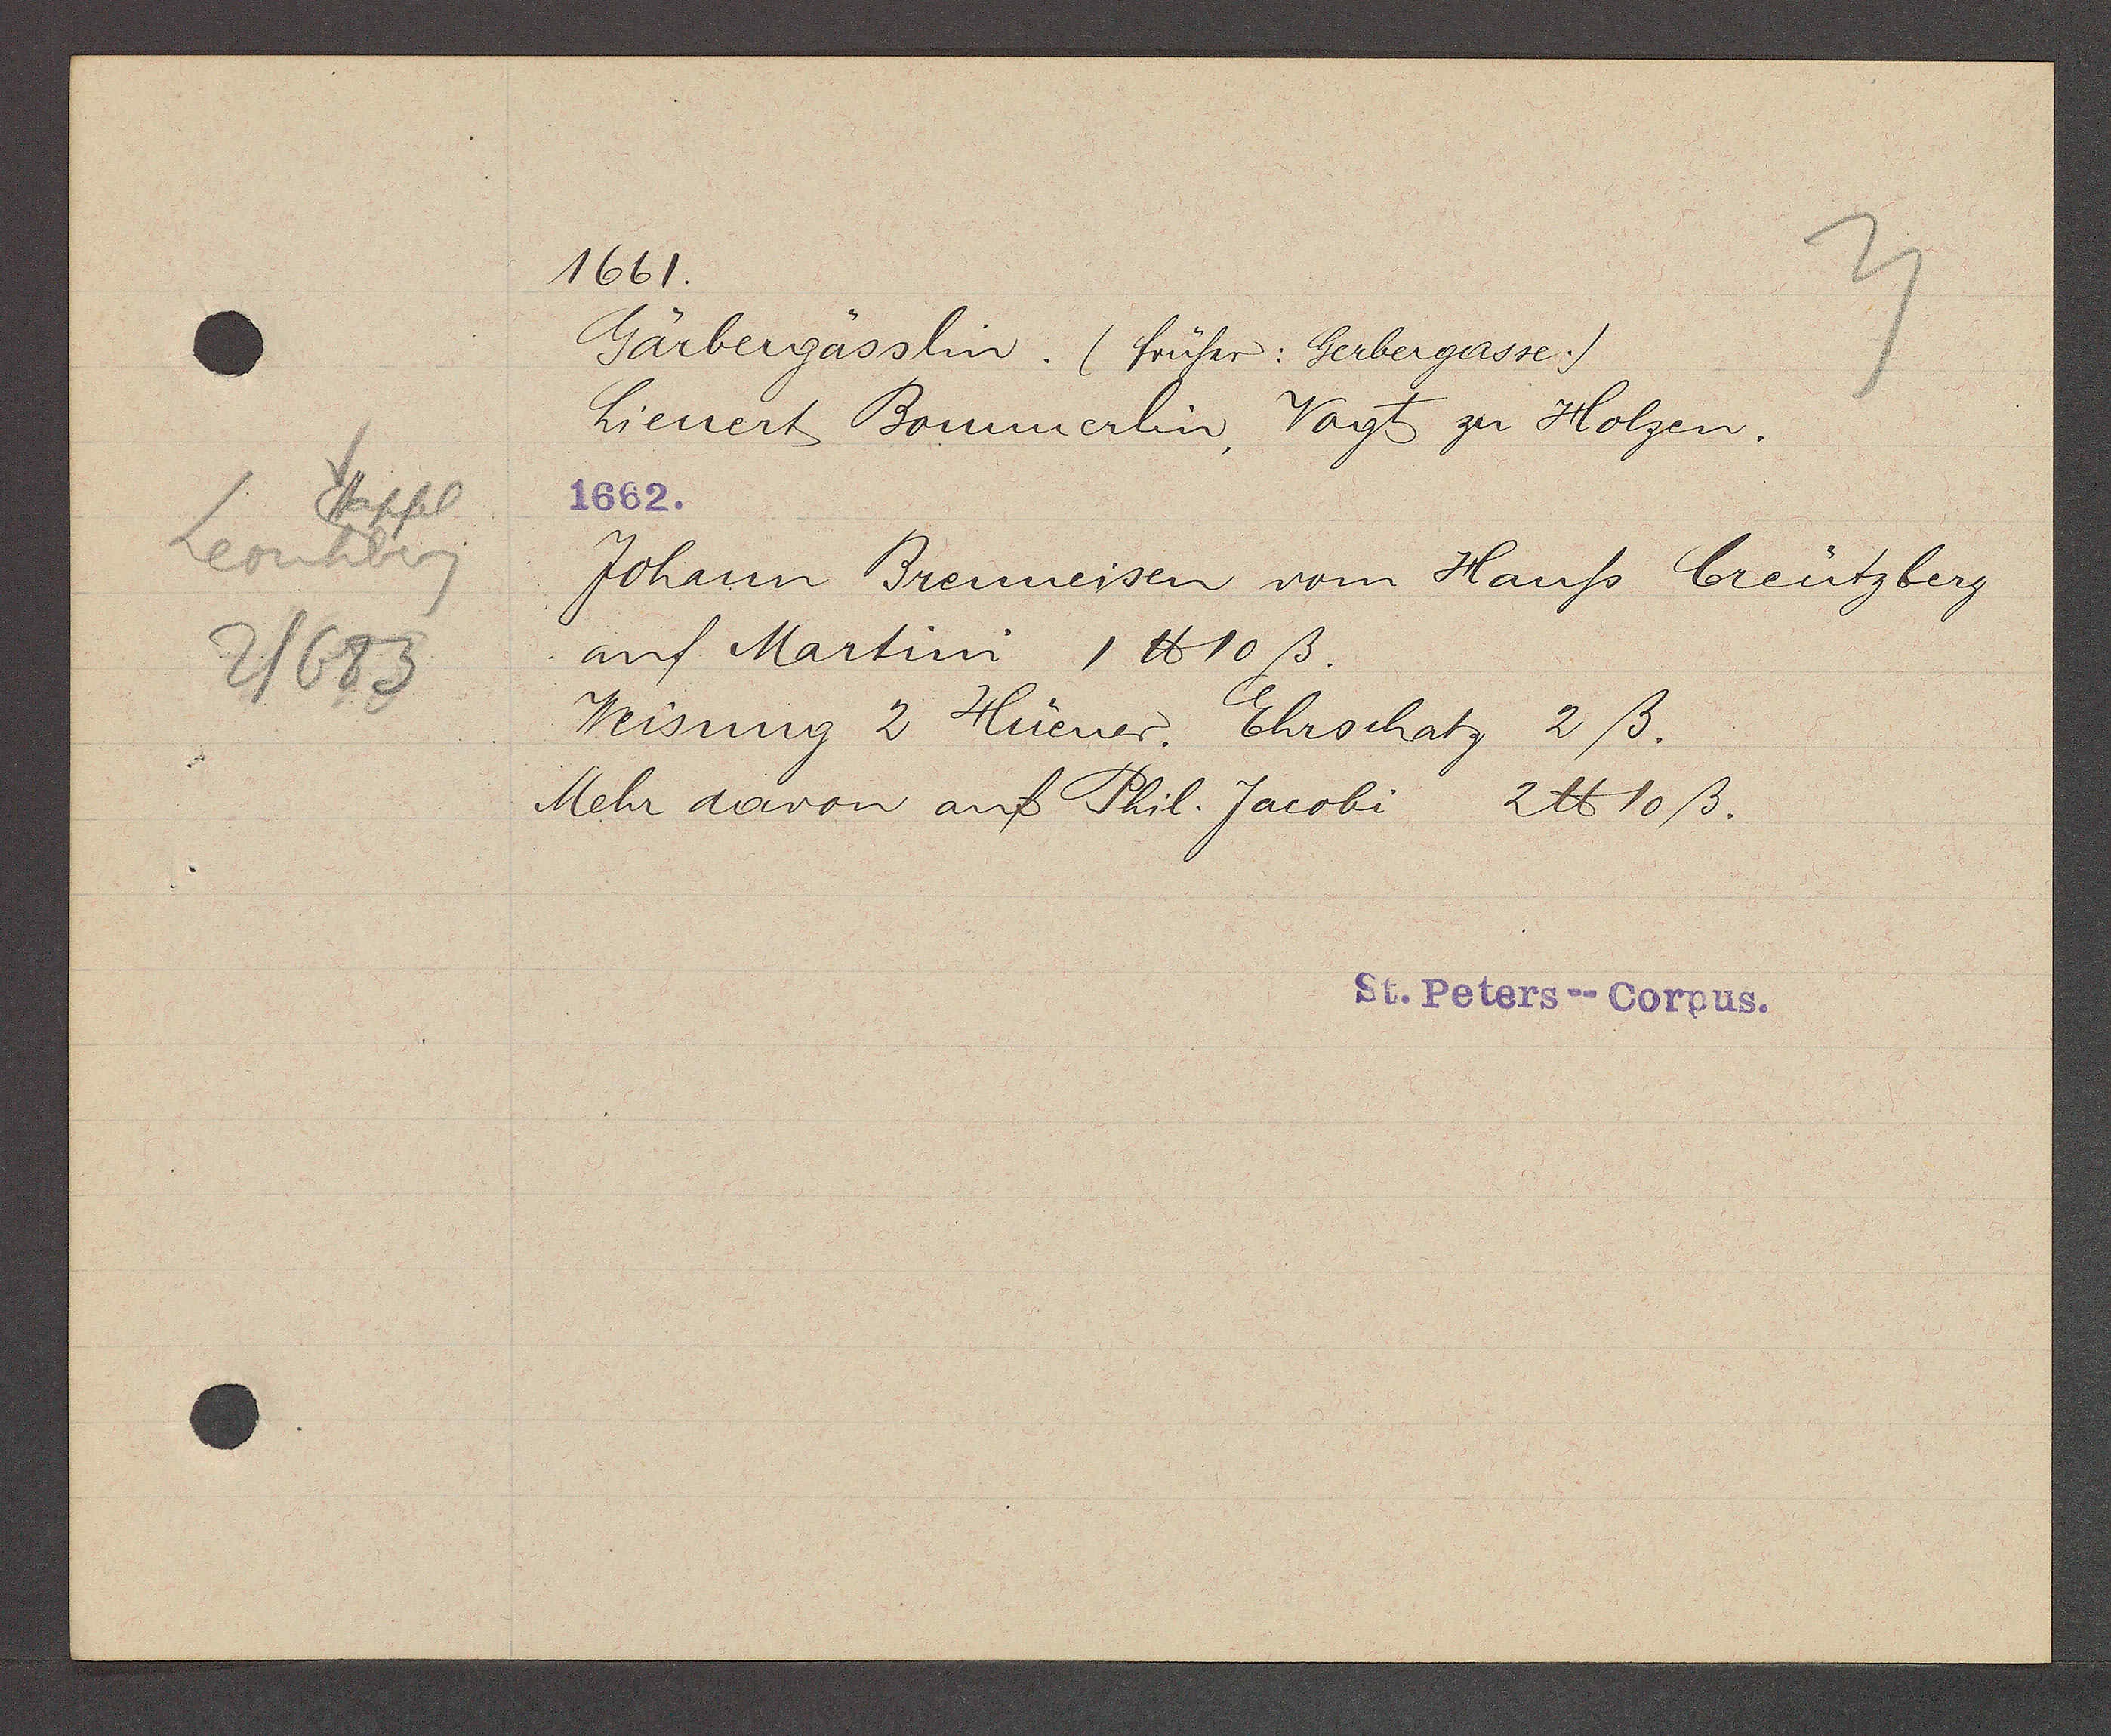
Transcript:
stapfel
Leonhberg
2/683

1661.

Gärbergasslin. (früher: Gerbergasse.)
Lienert Bommerlin, Vogt zu Holzen.
1662.
Johann Brenneisen vom Hauss Creutzberg
auf Martini 1 ℔ 10 ß.
Weisung 2 Huener. Ehrschatz 2 ß.
Mehr davon auf Phil. Jacobi 2 ℔ 10 ß.

St. Peters--Corpus.